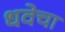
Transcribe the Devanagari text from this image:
धवेचा